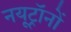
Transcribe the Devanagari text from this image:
नयूट्रॉनों